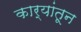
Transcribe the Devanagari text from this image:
कार्यांतून